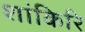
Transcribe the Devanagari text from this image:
शांकिरि